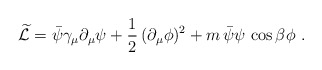
\begin{align*}\widetilde{\cal L}= \bar\psi\gamma_\mu\partial_\mu\psi+\frac{1}{2}\,(\partial_\mu\phi)^2+m\,\bar\psi\psi\,\cos\beta\phi\ .\end{align*}